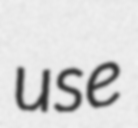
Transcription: use